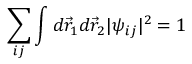
\sum _ { i j } \int d { \vec { r } } _ { 1 } d { \vec { r } } _ { 2 } | \psi _ { i j } | ^ { 2 } = 1